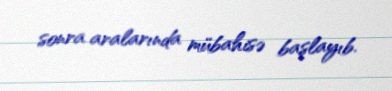
sonra aralarında mübahisə başlayıb.